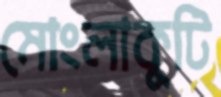
মোংলাকুটি